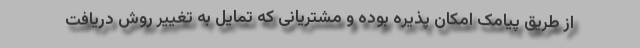
از طریق پیامک امکان پذیره بوده و مشتریانی که تمایل به تغییر روش دریافت